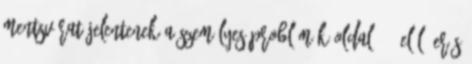
mentsvárat jelentenek a személyes problémák Oldal:8 9 elől. Erős